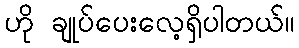
ဟို ချုပ်ပေးလေ့ရှိပါတယ်။